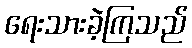
ရေးသားခဲ့ကြသည်